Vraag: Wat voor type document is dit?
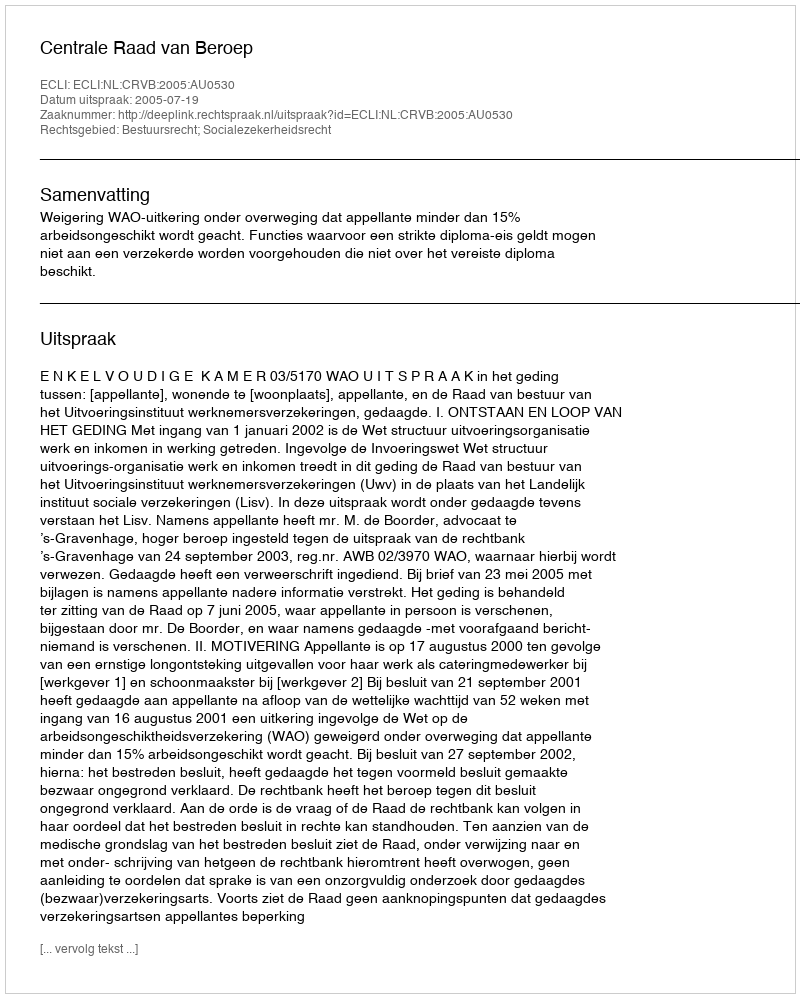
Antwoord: Uitspraak